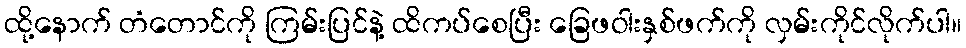
ထို့နောက် တံတောင်ကို ကြမ်းပြင်နဲ့ ထိကပ်စေပြီး ခြေဖဝါးနှစ်ဖက်ကို လှမ်းကိုင်လိုက်ပါ။